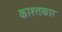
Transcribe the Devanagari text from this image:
काश्‍तकार